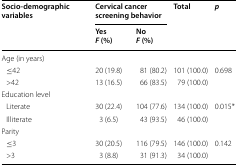
| <ROWSPAN=2> Socio-demographic variables | <COLSPAN=2> Cervical cancer screening behavior | <ROWSPAN=2> Total | <ROWSPAN=2> p |
 | YesF (%) | NoF (%) |
 | --- | --- | --- | --- | --- |
 | <COLSPAN=5> Age (in years) |
 | ≤42 | 20 (19.8) | 81 (80.2) | 101 (100.0) | <ROWSPAN=2> 0.698 |
 | >42 | 13 (16.5) | 66 (83.5) | 79 (100.0) |
 | <COLSPAN=5> Education level |
 | Literate | 30 (22.4) | 104 (77.6) | 134 (100.0) | <ROWSPAN=2> 0.015* |
 | Illiterate | 3 (6.5) | 43 (93.5) | 46 (100.0) |
 | <COLSPAN=5> Parity |
 | ≤3 | 30 (20.5) | 116 (79.5) | 146 (100.0) | 0.142 |
 | >3 | 3 (8.8) | 31 (91.3) | 34 (100.0) |  |